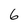
Character: 6